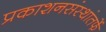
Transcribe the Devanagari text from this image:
प्रकाशनसंस्थांतर्फे